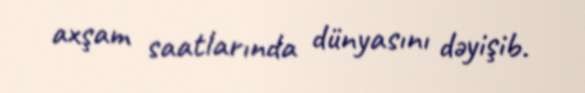
axşam saatlarında dünyasını dəyişib.